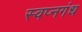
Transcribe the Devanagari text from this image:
स्वप्नगंध